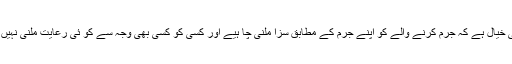
میرا ذاتی خیال ہے کہ جرم کرنے والے کو اپنے جرم کے مطابق سزا ملنی چا ہیے اور کسی کو کسی بھی وجہ سے کو ئی رعایت ملنی نہیں چاہیے ۔